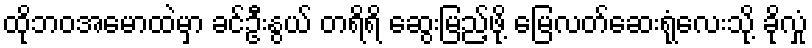
ထိုဘဝအမောထဲမှာ ခင်ဦးနွယ် တရိရိ ဆွေးမြည့်ဖို့ မြေလတ်ဆေးရုံလေးသို့ ခိုလှုံ